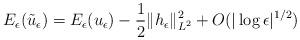
LaTeX: \begin{align*}E_{\epsilon}(\tilde{u}_{\epsilon})=E_{\epsilon}(u_{\epsilon})-\frac{1}{2}\|h_{\epsilon}\|_{L^2}^2+O(|\log\epsilon|^{1/2})\end{align*}